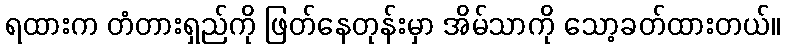
ရထားက တံတားရှည်ကို ဖြတ်နေတုန်းမှာ အိမ်သာကို သော့ခတ်ထားတယ်။